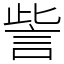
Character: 訾